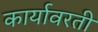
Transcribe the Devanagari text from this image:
कार्यावरती